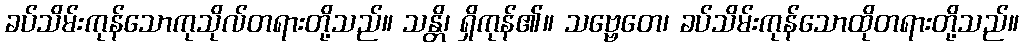
ခပ်သိမ်းကုန်သောကုသိုလ်တရားတို့သည်။ သန္တိ၊ ရှိကုန်၏။ သဗ္ဗေတေ၊ ခပ်သိမ်းကုန်သောထိုတရားတို့သည်။